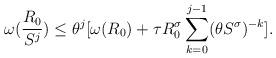
LaTeX: \begin{align*} \omega(\frac{R_0}{S^j}) \leq \theta^j [ \omega(R_0) + \tau R_0^\sigma \sum_{k=0}^{j-1} (\theta S^\sigma)^{-k} ].\end{align*}